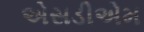
એસડીએમ